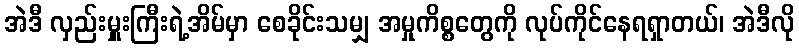
အဲဒီ လှည်းမှူးကြီးရဲ့အိမ်မှာ စေခိုင်းသမျှ အမှုကိစ္စတွေကို လုပ်ကိုင်နေရရှာတယ်၊ အဲဒီလို